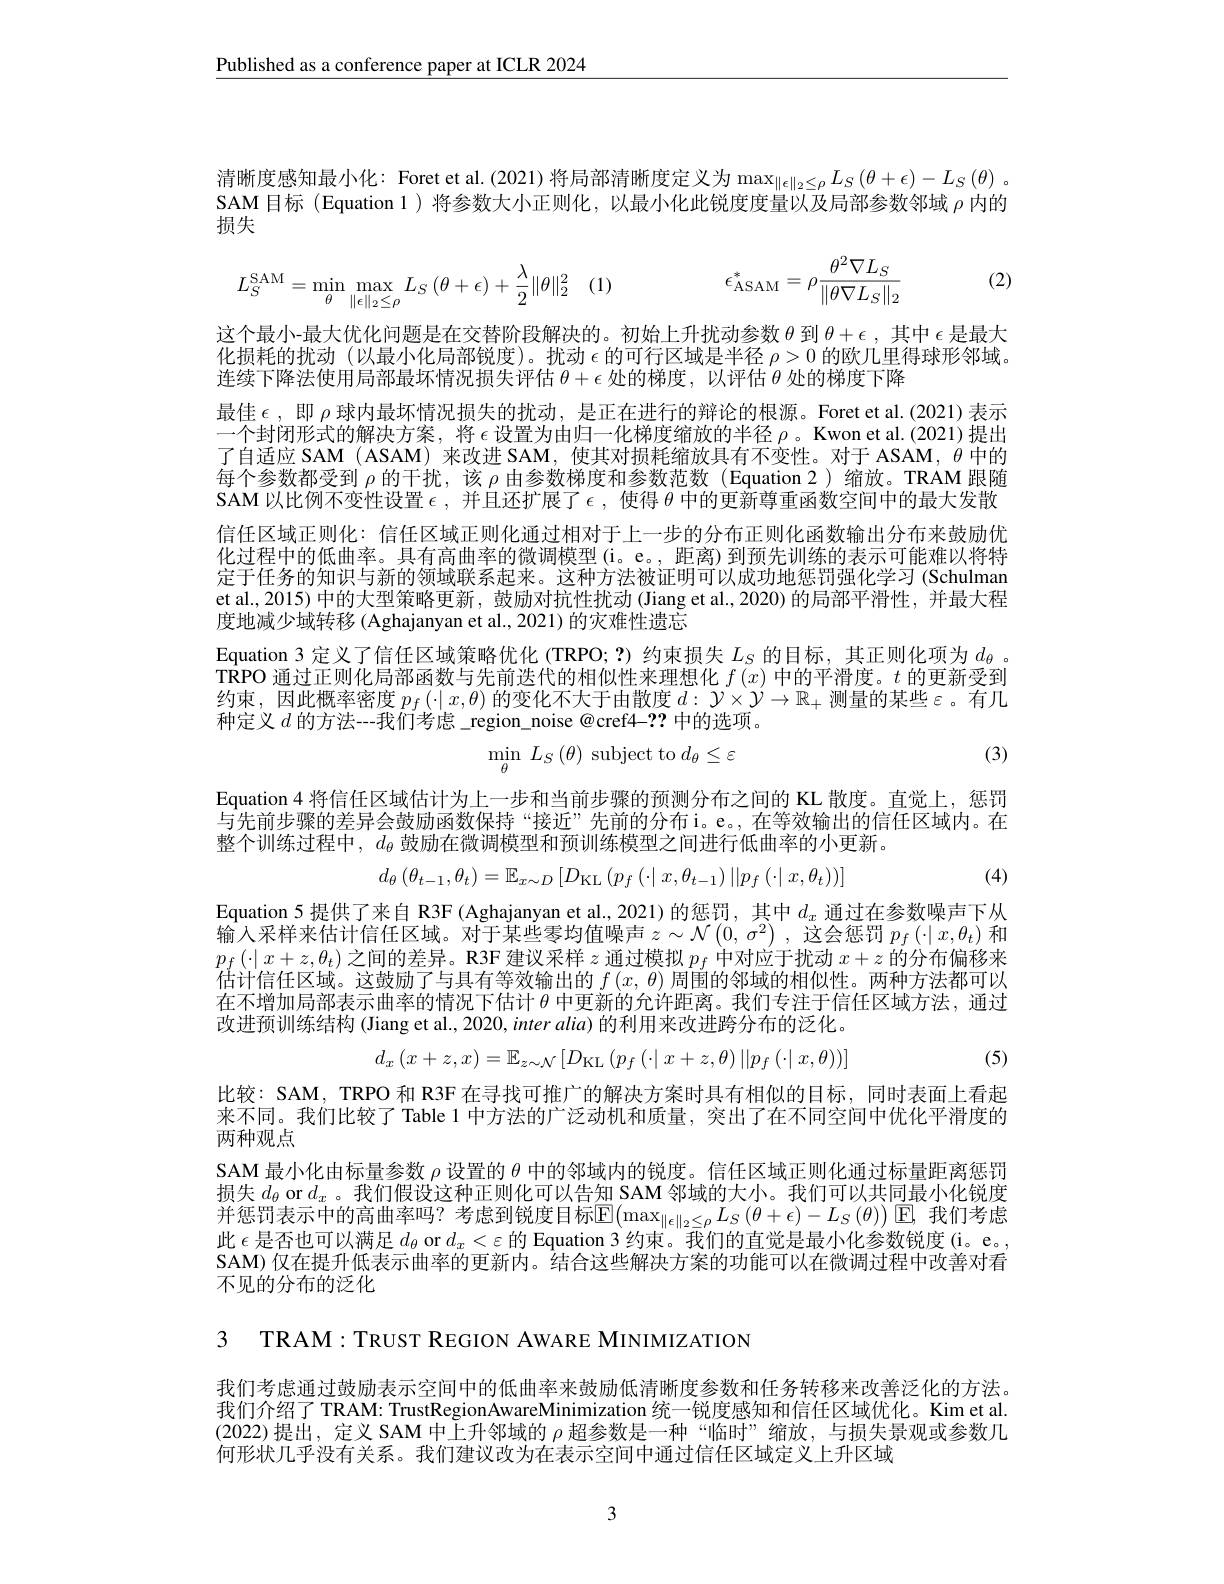
$\underline{\text{Published as a conference paper at ICLR 2024}}$

清晰度感知最小化：Foret et al.(2021)将局部清晰度定义为$\max_\|\epsilon\|_2\leq\rho L_S\left(\theta+\epsilon\right)-L_S\left(\theta\right).$ SAM 目标 (Equation 1)将参数大小正则化，以最小化此锐度度量以及局部参数邻域$\rho$内的损失
$$L_{S}^{\mathrm{SAM}}=\min\limits_{\theta}\max\limits_{\|\epsilon\|_{2}\leq\rho}L_{S}\left(\theta+\epsilon\right)+\frac{\lambda}{2}\|\theta\|_{2}^{2}\quad(1)\quad\epsilon_{\mathrm{ASAM}}^{*}=\rho\frac{\theta^{2}\nabla L_{S}}{\|\theta\nabla L_{S}\|_{2}}$$
(2)

这个最小-最大优化问题是在交替阶段解决的。初始上升扰动参数$\theta$到$\theta+\epsilon$,其中$\epsilon$是最大化损耗的扰动(以最小化局部锐度)。扰动$\epsilon$的可行区域是半径$\rho>0$的欧几里得球形邻域。连续下降法使用局部最坏情况损失评估$\theta+\epsilon$处的梯度，以评估$\theta$处的梯度下降
最佳$\epsilon$,即$\rho$球内最坏情况损失的扰动，是正在进行的辩论的根源。Foret et al.(2021)表示一个封闭形式的解决方案，将$\epsilon$设置为由归一化梯度缩放的半径$\rho$。Kwon et al.(2021)提出了自适应 SAM ( ASAM) 来改进 SAM, 使其对损耗缩放具有不变性。对于 ASAM, $\theta$中的每个参数都受到$\rho$的干扰，该$\rho$由参数梯度和参数范数(Equation 2)缩放。TRAM 跟随SAM 以比例不变性设置$\epsilon$,并且还扩展了$\epsilon,\bar\text{使得 }\theta\bar{\text{中的更新尊重函数空间中的最大发散}}$ 信任区域正则化：信任区域正则化通过相对于上一步的分布正则化函数输出分布来鼓励优化过程中的低曲率。具有高曲率的微调模型(i。e。,距离)到预先训练的表示可能难以将特定于任务的知识与新的领域联系起来。这种方法被证明可以成功地惩罚强化学习 (Schulman et al.2015)中的大型策略更新，鼓励对抗性扰动(Jiang et al.,2020)的局部平滑性，并最大程度地减少域转移 (Aghajanyan et al., 2021) 的灾难性遗忘
Equation 3 定义了信任区域策略优化 (TRPO;?) 约束损失$L_S$的目标，其正则化项为$d_\theta$ 。$\hat{\text{TRPO 通过正则化局部函数与先前迭代的相似性来理想化 }f\left(x\right)\text{中的平滑度。}t\text{ 的更新受到}}$ 约束，因此概率密度$p_f\left(\cdot\mid x,\theta\right)$的变化不大于由散度$d:\mathcal{Y}\times\mathcal{Y}\to\mathbb{R}_+$测量的某些$\varepsilon$ 。有几种定义$d$ 的方法---我们考虑\_region\_noise @cref4-?? 中的选项。
(3)
$$\operatorname*{min}_{\theta}\:L_{S}\left(\theta\right)\:\mathrm{subject~to}\:d_{\theta}\leq\varepsilon $$
Equation 4 将信任区域估计为上一步和当前步骤的预测分布之间的 KL 散度。直觉上，惩罚与先前步骤的差异会鼓励函数保持“接近”先前的分布 i。e。,在等效输出的信任区域内。在整个训练过程中，$d_\theta$鼓励在微调模型和预训练模型之间进行低曲率的小更新。
$$d_{\theta}\left(\theta_{t-1},\theta_{t}\right)=\mathbb{E}_{x\sim D}\left[D_{\mathrm{KL}}\left(p_{f}\left(\cdot\right|x,\theta_{t-1}\right)||p_{f}\left(\cdot|\:x,\theta_{t}\right)\right)]$$
(4)

Equation 5 提供了来自 R3F (Aghajanyan et al, 2021) 的惩罚，其中$d_x$通过在参数噪声下从输入采样来估计信任区域。对于某些零均值噪声$z\sim\mathcal{N}\left(0,\sigma^2\right)$,这会惩罚$p_f\left(\cdot\mid x,\theta_t\right)$和$p_f\left(\cdot\mid x+z,\theta_t\right)$之间的差异。R3F 建议采样$z$通过模拟$p_f$中对应于扰动$x+z$的分布偏移来杜斗信任区中一十日大饰站绘山的一$f(a)$田甲的邻拉伯相似出 平科立计划估计信任区域。这鼓励了与具有等效输出的$f\left(x,\theta\right)$周围的邻域的相似性。两种方法都可以在不增加局部表示曲率的情况下估计$\theta$中更新的允许距离。我们专注于信任区域方法，通过改进预训练结构 (Jiang et al., 2020, inter alia) 的利用来改进跨分布的泛化。

(5)
$$d_{x}\left(x+z,x\right)=\mathbb{E}_{z\sim\mathcal{N}}\left[D_{\mathrm{KL}}\left(p_{f}\left(\cdot\right|x+z,\theta\right)||p_{f}\left(\cdot|\:x,\theta\right)\right)]$$
比较：SAM, TRPO 和 R3F 在寻找可推广的解决方案时具有相似的目标，同时表面上看起来不同。我们比较了 Table 1 中方法的广泛动机和质量，突出了在不同空间中优化平滑度的两种观点
SAM 最小化由标量参数$\rho$设置的$\theta$中的邻域内的锐度。信任区域正则化通过标量距离惩罚损失$d_\theta$ or $d_x$ 。我们假设这种正则化可以告知 SAM 邻域的大小。我们可以共同最小化锐度并惩罚表示中的高曲率吗？考虑到锐度目标$\mathbb{E}(\max_{\|\epsilon\|_2\leq\rho}L_S\left(\theta+\epsilon\right)-L_S\left(\theta\right))$▣,我们考虑此$\epsilon$是否也可以满足$d_\theta$ or $d_x<\varepsilon$的 Equation 3 约束。我们的直觉是最小化参数锐度 (i。e。, SAM) 仅在提升低表示曲率的更新内。结合这些解决方案的功能可以在微调过程中改善对看不见的分布的泛化

3 TRAM:TRUST REGION AWARE MINIMIZATION

我们考虑通过鼓励表示空间中的低曲率来鼓励低清晰度参数和任务转移来改善泛化的方法。我们介绍了 TRAM: TrustRegionAwareMinimization 统一锐度感知和信任区域优化。Kim et al (2022)提出，定义 SAM 中上升邻域的$\rho$超参数是一种 “临时”缩放，与损失景观或参数几何形状几乎没有关系。我们建议改为在表示空间中通过信任区域定义上升区域

3